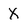
Character: X